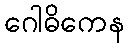
ဂေါဓိကေန